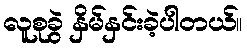
လူစုခွဲ နှိမ်နှင်းခဲ့ပါတယ်။